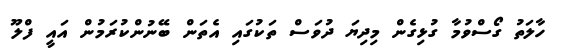
ހާލަތު ގޯސްވުމާ ގުޅިގެން މިދިޔަ ދުވަސް ތަކުގައި އެތަން ބޭނުންކުރަމުން އައީ ފްލޫ